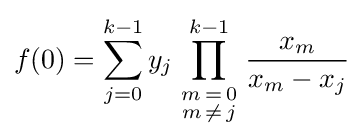
f(0)=\sum _{j=0}^{k-1}y_{j}\prod _{\begin{smallmatrix}m\,=\,0\\m\,\neq \,j\end{smallmatrix}}^{k-1}{\frac {x_{m}}{x_{m}-x_{j}}}